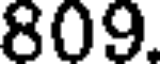
809.